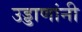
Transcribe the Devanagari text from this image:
उड्डाणांनी